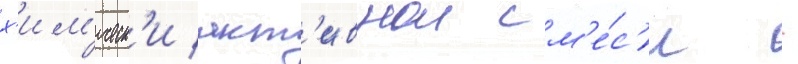
х'им'ическ'и акт'ивнои см'е́с'и -